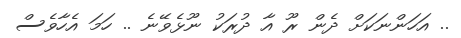
.. އަހަންނަކަށް ދެން ރޫ އާ ދުރަކު ނޫޅެވޭނެ .. ހަމަ އެހާވެސް